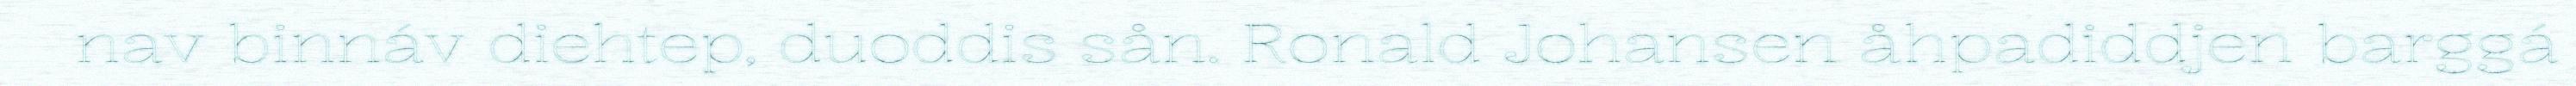
nav binnáv diehtep, duoddis sån. Ronald Johansen åhpadiddjen barggá